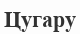
Цугару